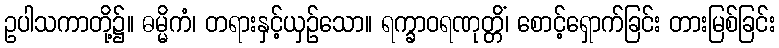
ဥပါသကာတို့၌။ ဓမ္မိကံ၊ တရားနှင့်ယှဉ်သော။ ရက္ခာဝရဏုတ္တိံ၊ စောင့်ရှောက်ခြင်း တားမြစ်ခြင်း